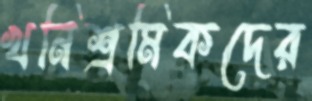
খনিশ্রমিকদের